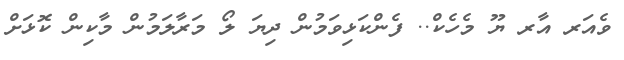
ވެއަރ އާރ ޔޫ މެހެކް.. ފެންކަޅިވަމުން ދިޔަ ލޯ މަރާލަމުން މާކިން ކޮޅަށް